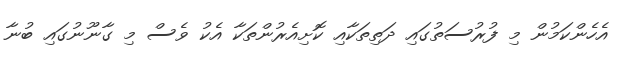
އެހެންކަމުން މި ފުރުސަތުގައި ދަތިތަކާއި ކޮށިއެރުންތަކާ އެކު ވެސް މި ގާނޫނުގައި ބުނާ